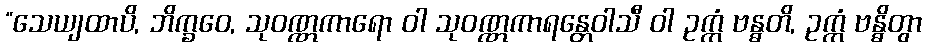
“သေယျထာပိ, ဘိက္ခဝေ, သုဝဏ္ဏကာရော ဝါ သုဝဏ္ဏကာရန္တေဝါသီ ဝါ ဥက္ကံ ဗန္ဓတိ, ဥက္ကံ ဗန္ဓိတွာ